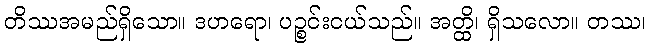
တိဿအမည်ရှိသော။ ဒဟရော၊ ပဉ္စင်းငယ်သည်။ အတ္ထိ၊ ရှိသလော။ တဿ၊